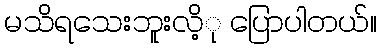
မသိရသေးဘူးလိ့ု ပြောပါတယ်။